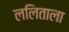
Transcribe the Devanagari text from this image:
ललिताला